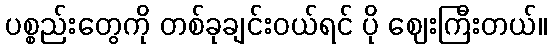
ပစ္စည်းတွေကို တစ်ခုချင်းဝယ်ရင် ပို ဈေးကြီးတယ်။